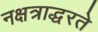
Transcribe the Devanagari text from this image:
नक्षत्राद्धरते